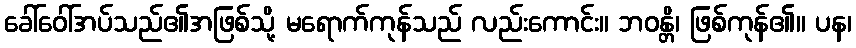
ခေါ်ဝေါ်အပ်သည်၏အဖြစ်သို့ မရောက်ကုန်သည် လည်းကောင်း။ ဘဝန္တိ၊ ဖြစ်ကုန်၏။ ပန၊